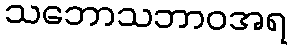
သဘောသဘာဝအရ